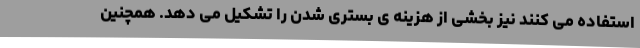
استفاده می کنند نیز بخشی از هزینه ی بستری شدن را تشکیل می دهد. همچنین